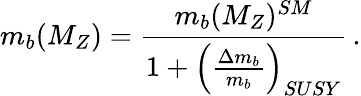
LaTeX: m_{b}(M_{Z})=\frac{m_{b}(M_{Z})^{SM}}{1+\left(\frac{\Delta m_{b}}{m_{b}}\right)_{SUSY}}\, .